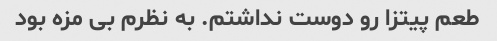
طعم پیتزا رو دوست نداشتم. به نظرم بی مزه بود